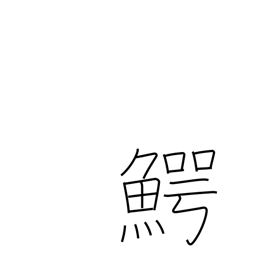
Meaning: alligator